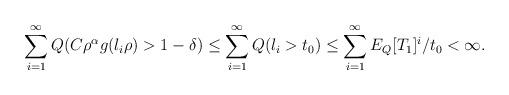
LaTeX: \begin{align*}\sum\limits_{i=1}^\infty Q(C\rho^\alpha g(l_i \rho)>1- \delta) \le\sum\limits_{i=1}^\infty Q(l_i>t_0)\le\sum\limits_{i=1}^\infty E_Q[T_1]^i/t_0<\infty.\end{align*}